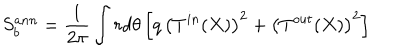
S _ { b } ^ { a n n } = \frac { 1 } { 2 \pi } \int r d \theta \, \Bigl [ q \, \bigl ( T ^ { i n } ( X ) \bigr ) ^ { 2 } + \bigl ( T ^ { o u t } ( X ) \bigr ) ^ { 2 } \Bigl ] \quad